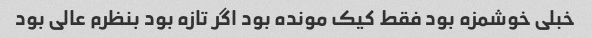
خبلی خوشمزه بود فقط کیک مونده بود اگر تازه بود بنظرم عالی بود